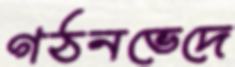
গঠনভেদে